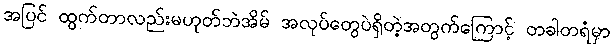
အပြင် ထွက်တာလည်းမဟုတ်ဘဲအိမ် အလုပ်တွေပဲရှိတဲ့အတွက်ကြောင့် တခါတရံမှာ